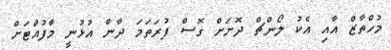
މުހްތާޒް އާއި އެކު ލޯންޗް ދޮށަށް ގޮސް ފުރަތަމަ ދާން އުޅުނީ މާފުއްޓަށް